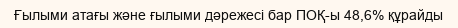
Ғылыми атағы және ғылыми дәрежесі бар ПОҚ-ы 48,6% құрайды